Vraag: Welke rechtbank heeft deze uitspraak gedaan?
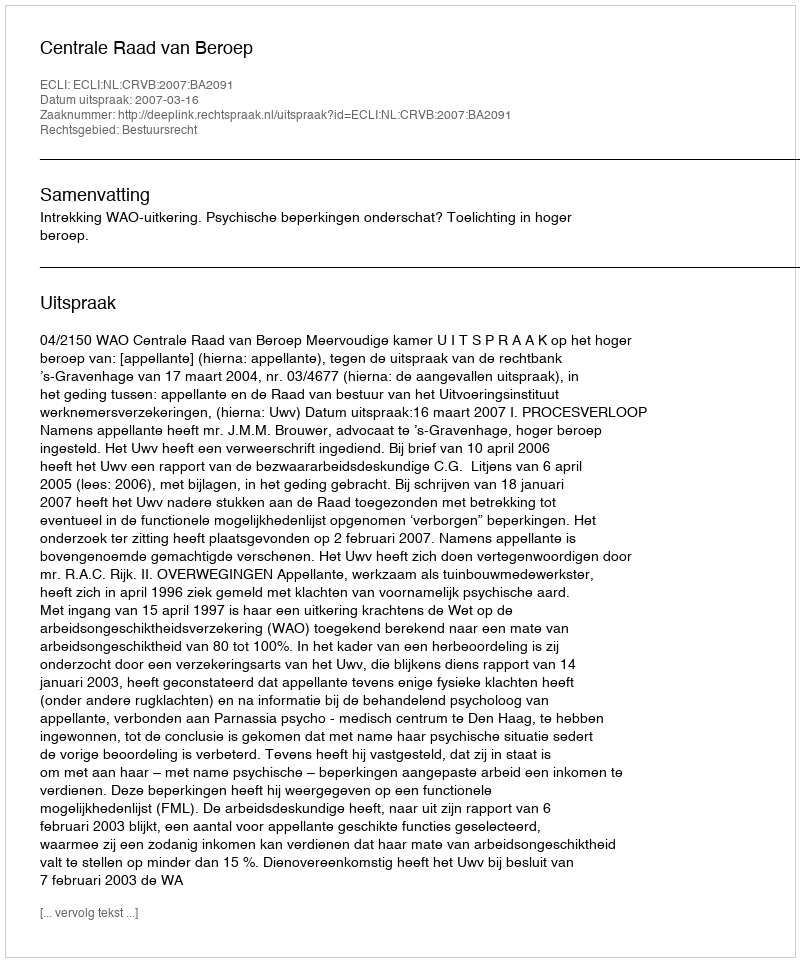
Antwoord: Centrale Raad van Beroep